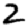
Digit: 2